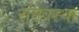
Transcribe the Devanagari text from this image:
समवस्था